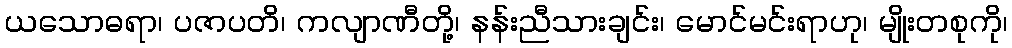
ယသောဓရာ၊ ပဇာပတိ၊ ကလျာဏီတို့၊ နန်းညီသားချင်း၊ မောင်မင်းရာဟု၊ မျိုးတစုကို၊